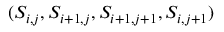
( S _ { i , j } , S _ { i + 1 , j } , S _ { i + 1 , j + 1 } , S _ { i , j + 1 } )